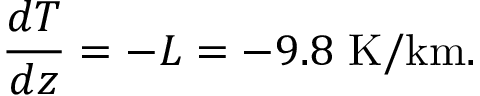
{ \frac { d T } { d z } } = - L = - 9 . 8 \mathrm { \ K / k m } .